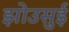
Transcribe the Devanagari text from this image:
झोउसुई